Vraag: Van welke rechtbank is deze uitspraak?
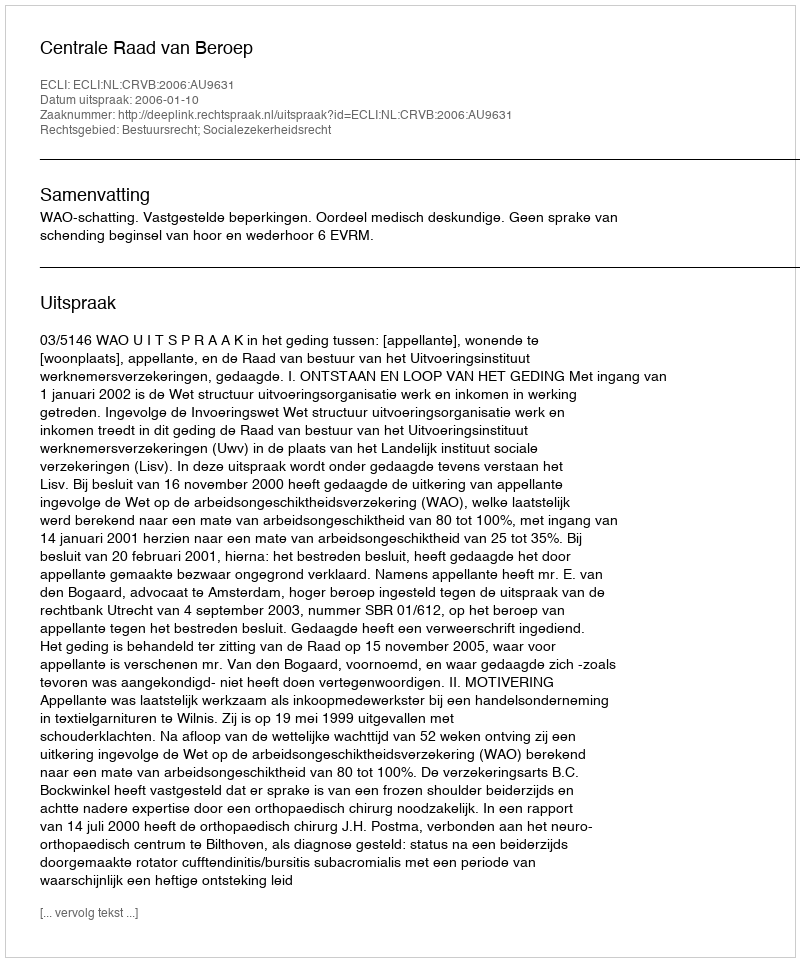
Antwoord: Centrale Raad van Beroep